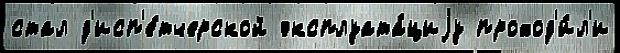
стал д'исп'е́тчерской эксплуата́циjу проход'и́л'и